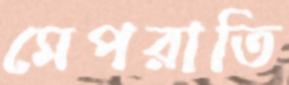
মেপরাতি